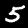
Digit: 5